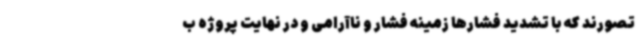
تصورند که با تشدید فشارها زمینه فشار و ناآرامی و در نهایت پروژه ب